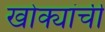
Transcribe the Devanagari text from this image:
खोक्यांची